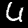
Digit: 6